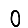
Digit: 0